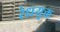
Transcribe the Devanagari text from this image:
रंध्रयुक्त